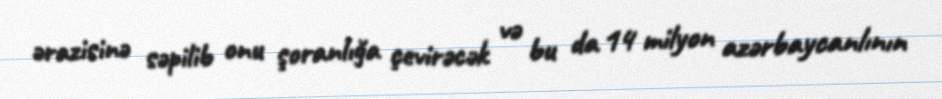
ərazisinə səpilib onu şoranlığa çevirəcək və bu da 14 milyon azərbaycanlının